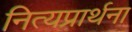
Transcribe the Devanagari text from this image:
नित्यप्रार्थना